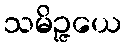
သမိဉ္ဇယေ